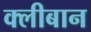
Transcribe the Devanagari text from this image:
क्लीबान